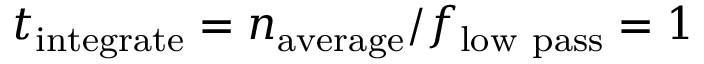
t _ { \mathrm { i n t e g r a t e } } = n _ { \mathrm { a v e r a g e } } / f _ { \mathrm { l o w \ p a s s } } = 1